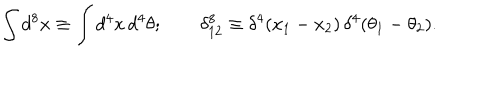
\int d ^ { 8 } x \equiv \int d ^ { 4 } x \, d ^ { 4 } \theta ; \qquad \delta _ { 1 2 } ^ { 8 } \equiv \delta ^ { 4 } ( x _ { 1 } - x _ { 2 } ) \, \delta ^ { 4 } ( \theta _ { 1 } - \theta _ { 2 } ) .